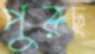
পুরছ